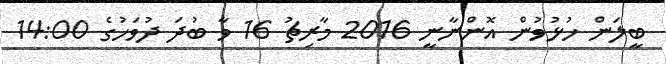
ބީލަން ހުޅުވުން އޮންނާނީ 2016 މާރިޗު 16 ވާ ބުދަ ދުވަހުގެ 14:00